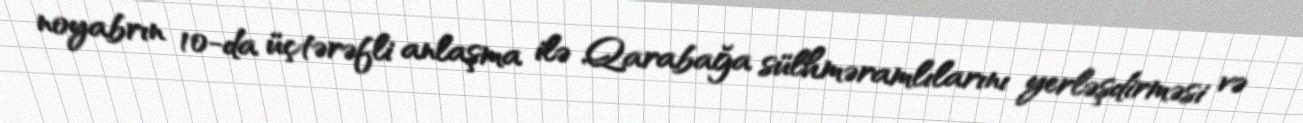
noyabrın 10-da üçtərəfli anlaşma ilə Qarabağa sülhməramlılarını yerləşdirməsi və